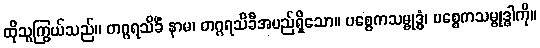
ထိုသူကြွယ်သည်။ တဂ္ဂရသိခိံ နာမ၊ တဂ္ဂရသိခီအမည်ရှိသော။ ပစ္စေကသမ္ဗုဒ္ဓံ၊ ပစ္စေကသမ္ဗုဒ္ဓါကို။